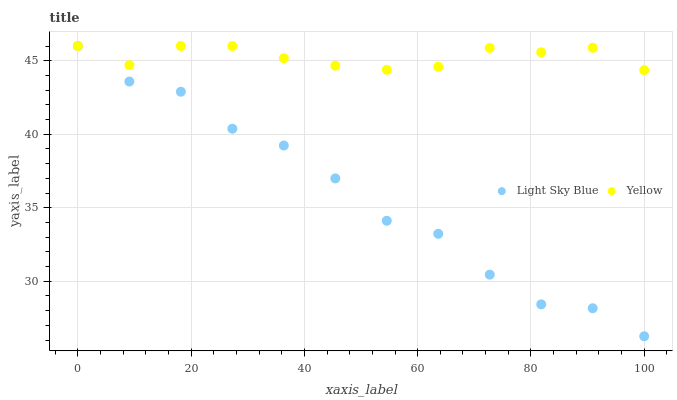
| xaxis_label | Light Sky Blue | Yellow |
 | --- | --- | --- |
 | 0 | 46 | 46 |
 | 9.09 | 43.6 | 44.7 |
 | 18.2 | 42.9 | 46 |
 | 27.3 | 40.4 | 46 |
 | 36.4 | 39.2 | 45.2 |
 | 45.5 | 37 | 44.7 |
 | 54.5 | 34.1 | 44.4 |
 | 63.6 | 33.2 | 44.6 |
 | 72.7 | 30.4 | 45.9 |
 | 81.8 | 28.4 | 45.6 |
 | 90.9 | 28.2 | 45.9 |
 | 100 | 26.3 | 44.4 |